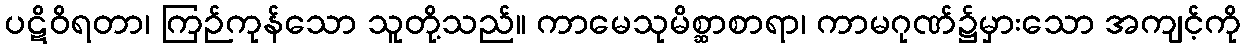
ပဋိဝိရတာ၊ ကြဉ်ကုန်သော သူတို့သည်။ ကာမေသုမိစ္ဆာစာရာ၊ ကာမဂုဏ်၌မှားသော အကျင့်ကို